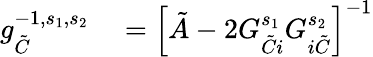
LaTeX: \begin{array}{rl}{g_{\tilde{C}}^{-1,s_{1},s_{2}}}&{{}=\left[\tilde{A}-2G_{\tilde{C}i}^{s_{1}}G_{i\tilde{C}}^{s_{2}}\right]^{-1}}\end{array}